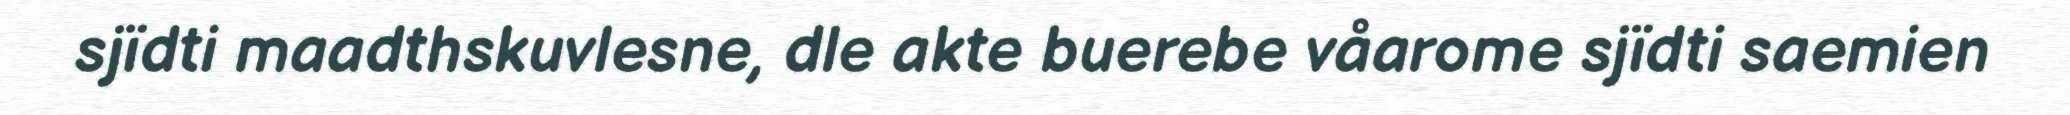
sjïdti maadthskuvlesne, dle akte buerebe våarome sjïdti saemien